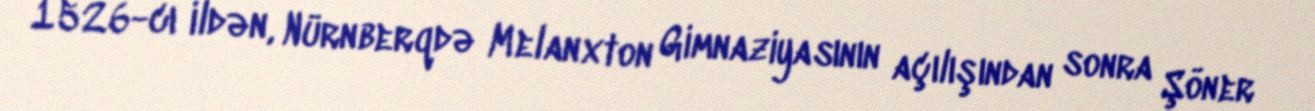
1526-cı ildən, Nürnberqdə Melanxton Gimnaziyasının açılışından sonra Şöner